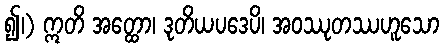
၍၊) ဣတိ အတ္ထော၊ ဒုတိယပဒေပိ၊ အဝဿုတဿဟူသော